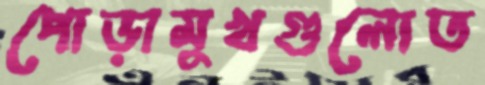
পোড়ামুখগুলোত